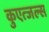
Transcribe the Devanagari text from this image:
कुएत्जल्स